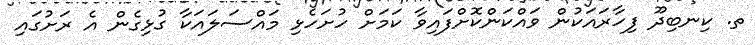
ތ. ކިނބިދޫ ފިހާރައަކުން ވައްކަންކޮށްފައިވާ ކަމަށް ހުށަހެޅި މައްސަލައަކާ ގުޅިގެން އެ ރަށުގައި